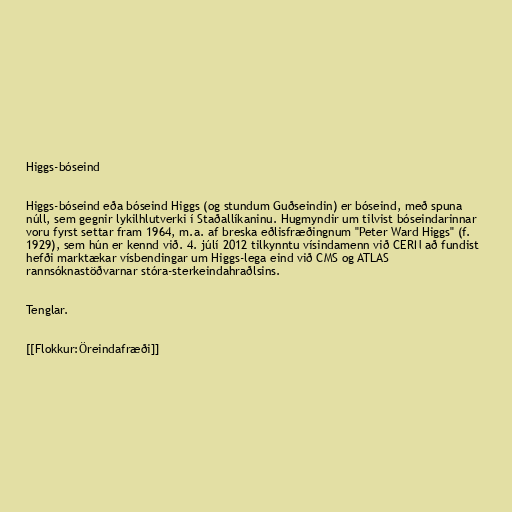
Higgs-bóseind

Higgs-bóseind eða bóseind Higgs (og stundum Guðseindin) er bóseind, með spuna
núll, sem gegnir lykilhlutverki í Staðallíkaninu. Hugmyndir um tilvist bóseindarinnar
voru fyrst settar fram 1964, m.a. af breska eðlisfræðingnum "Peter Ward Higgs" (f.
1929), sem hún er kennd við. 4. júlí 2012 tilkynntu vísindamenn við CERN að fundist
hefði marktækar vísbendingar um Higgs-lega eind við CMS og ATLAS
rannsóknastöðvarnar stóra-sterkeindahraðlsins.

Tenglar.

[[Flokkur:Öreindafræði]]